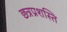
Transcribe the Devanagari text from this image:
छत्रप्रशस्ति